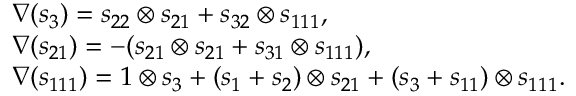
\begin{array} { r l } & { \nabla ( s _ { 3 } ) = s _ { 2 2 } \otimes s _ { 2 1 } + s _ { 3 2 } \otimes s _ { 1 1 1 } , } \\ & { \nabla ( s _ { 2 1 } ) = - ( s _ { 2 1 } \otimes s _ { 2 1 } + s _ { 3 1 } \otimes s _ { 1 1 1 } ) , } \\ & { \nabla ( s _ { 1 1 1 } ) = 1 \otimes s _ { 3 } + ( s _ { 1 } + s _ { 2 } ) \otimes s _ { 2 1 } + ( s _ { 3 } + s _ { 1 1 } ) \otimes s _ { 1 1 1 } . } \end{array}